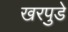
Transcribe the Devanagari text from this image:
खरपुडे